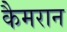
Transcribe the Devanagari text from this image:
कैमरान